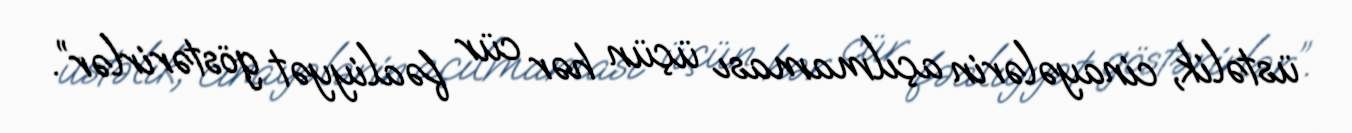
üstəlik, cinayələrin açılmaması üçün hər cür fəaliyyət göstərirlər”.